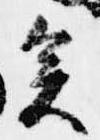
矣